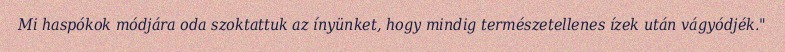
Mi haspókok módjára oda szoktattuk az ínyünket, hogy mindig természetellenes ízek után vágyódjék."